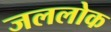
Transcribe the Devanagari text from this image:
जललोक